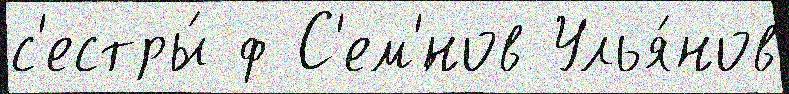
с'естры́ ф С'ем'́нов Улья́нов